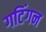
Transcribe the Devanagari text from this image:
गटिंगन